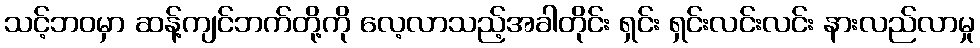
သင့်ဘဝမှာ ဆန့်ကျင်ဘက်တို့ကို လေ့လာသည့်အခါတိုင်း ရှင်း ရှင်းလင်းလင်း နားလည်လာမှု